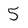
Character: 5